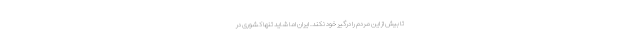
تا بیش از این مردم را درگیر خود نکند. ایران اما شاید تنها کشوری در